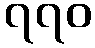
၇၇၀